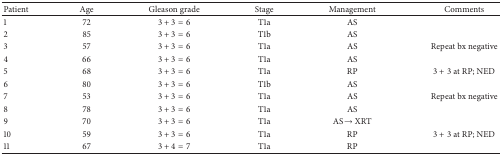
| Patient | Age | Gleason grade | Stage | Management | Comments |
 | --- | --- | --- | --- | --- | --- |
 | 1 | 72 | 3 + 3 = 6 | T1a | AS |  |
 | 2 | 85 | 3 + 3 = 6 | T1b | AS |  |
 | 3 | 57 | 3 + 3 = 6 | T1a | AS | Repeat bx negative |
 | 4 | 66 | 3 + 3 = 6 | T1a | AS |  |
 | 5 | 68 | 3 + 3 = 6 | T1a | RP | 3 + 3 at RP; NED |
 | 6 | 80 | 3 + 3 = 6 | T1b | AS |  |
 | 7 | 53 | 3 + 3 = 6 | T1a | AS | Repeat bx negative |
 | 8 | 78 | 3 + 3 = 6 | T1a | AS |  |
 | 9 | 70 | 3 + 3 = 6 | T1a | AS→XRT |  |
 | 10 | 59 | 3 + 3 = 6 | T1a | RP | 3 + 3 at RP; NED |
 | 11 | 67 | 3 + 4 = 7 | T1a | RP |  |